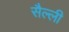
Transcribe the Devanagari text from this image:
सैल्ली